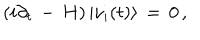
\left( i \partial _ { t } \, - \, H \right) | \nu _ { i } ( t ) \rangle \, = \, 0 \, ,